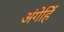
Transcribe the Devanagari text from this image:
अंगेहिँ